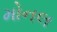
મોનલ